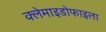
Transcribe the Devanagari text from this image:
क्लेमाइडोफाइला